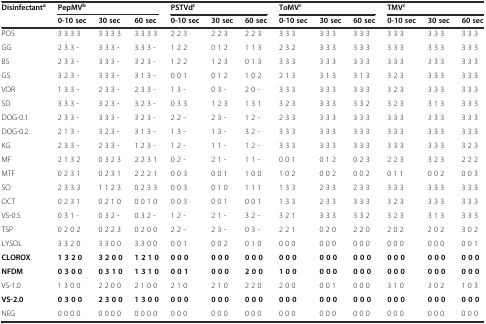
<table><thead><tr><td rowspan="2"><b>Disinfectant<sup>a</sup></b></td><td colspan="3"><b>PepMV<sup>b</sup></b></td><td colspan="3"><b>PSTVd<sup>c</sup></b></td><td colspan="3"><b>ToMV<sup>c</sup></b></td><td colspan="3"><b>TMV<sup>c</sup></b></td></tr><tr><td><b>0-10 sec</b></td><td><b>30 sec</b></td><td><b>60 sec</b></td><td><b>0-10 sec</b></td><td><b>30 sec</b></td><td><b>60 sec</b></td><td><b>0-10 sec</b></td><td><b>30 sec</b></td><td><b>60 sec</b></td><td><b>0-10 sec</b></td><td><b>30 sec</b></td><td><b>60 sec</b></td></tr></thead><tbody><tr><td>POS</td><td>3 3 3 3</td><td>3 3 3 3</td><td>3 3 3 3</td><td>2 2 3</td><td>2 2 3</td><td>2 2 3</td><td>3 3 3</td><td>3 3 3</td><td>3 3 3</td><td>3 3 3</td><td>3 3 3</td><td>3 3 3</td></tr><tr><td>GG</td><td>2 3 3 -</td><td>3 3 3 -</td><td>3 3 3 -</td><td>1 2 2</td><td>0 1 2</td><td>1 1 3</td><td>2 3 2</td><td>3 3 3</td><td>3 3 3</td><td>3 3 3</td><td>3 3 3</td><td>3 3 3</td></tr><tr><td>BS</td><td>2 3 3 -</td><td>3 3 3 -</td><td>3 2 3 -</td><td>1 2 2</td><td>1 2 3</td><td>0 1 3</td><td>3 3 3</td><td>3 3 3</td><td>3 3 3</td><td>3 3 3</td><td>3 3 3</td><td>3 3 3</td></tr><tr><td>GS</td><td>3 2 3 -</td><td>3 3 3 -</td><td>3 1 3 -</td><td>0 0 1</td><td>0 1 2</td><td>1 0 2</td><td>2 1 3</td><td>3 1 3</td><td>3 1 3</td><td>3 2 3</td><td>3 3 3</td><td>3 3 3</td></tr><tr><td>VOR</td><td>1 3 3 -</td><td>2 3 3 -</td><td>2 3 3 -</td><td>1 3 -</td><td>0 3 -</td><td>2 0 -</td><td>3 3 3</td><td>3 3 3</td><td>3 3 3</td><td>3 2 3</td><td>3 3 3</td><td>3 3 3</td></tr><tr><td>SD</td><td>3 3 3 -</td><td>3 2 3 -</td><td>3 2 3 -</td><td>0 3 3</td><td>1 2 3</td><td>1 3 1</td><td>3 2 3</td><td>3 3 3</td><td>3 3 2</td><td>3 2 3</td><td>3 1 3</td><td>3 3 3</td></tr><tr><td>DOG-0.1</td><td>2 3 3 -</td><td>3 3 3 -</td><td>3 2 3 -</td><td>2 2 -</td><td>2 3 -</td><td>1 2 -</td><td>2 3 3</td><td>3 3 3</td><td>3 3 3</td><td>3 3 3</td><td>3 3 3</td><td>3 3 3</td></tr><tr><td>DOG-0.2</td><td>2 1 3 -</td><td>3 2 3 -</td><td>3 1 3 -</td><td>1 3 -</td><td>1 3 -</td><td>3 2 -</td><td>3 3 3</td><td>3 3 3</td><td>3 3 3</td><td>3 3 3</td><td>3 3 3</td><td>3 3 3</td></tr><tr><td>KG</td><td>2 3 3 -</td><td>2 3 3 -</td><td>1 2 3 -</td><td>1 2 -</td><td>1 1 -</td><td>1 2 -</td><td>3 3 3</td><td>3 3 3</td><td>3 3 3</td><td>3 3 3</td><td>3 3 3</td><td>3 2 3</td></tr><tr><td>MF</td><td>2 1 3 2</td><td>0 3 2 3</td><td>2 2 3 1</td><td>0 2 -</td><td>2 1 -</td><td>1 1 -</td><td>0 0 1</td><td>0 1 2</td><td>0 2 3</td><td>2 2 3</td><td>3 2 3</td><td>2 2 2</td></tr><tr><td>MTF</td><td>0 2 3 1</td><td>0 2 3 1</td><td>2 2 2 1</td><td>0 0 3</td><td>0 0 1</td><td>1 0 0</td><td>1 0 2</td><td>0 0 2</td><td>0 0 2</td><td>0 1 1</td><td>0 0 2</td><td>0 0 3</td></tr><tr><td>SO</td><td>2 3 3 3</td><td>1 1 2 3</td><td>0 2 3 3</td><td>0 0 3</td><td>0 1 0</td><td>1 1 1</td><td>1 3 3</td><td>2 3 3</td><td>2 3 3</td><td>3 3 3</td><td>3 3 3</td><td>3 3 3</td></tr><tr><td>OCT</td><td>0 2 3 1</td><td>0 2 1 0</td><td>0 0 1 0</td><td>0 0 3</td><td>0 0 1</td><td>0 0 1</td><td>1 3 3</td><td>2 3 3</td><td>3 3 3</td><td>3 2 3</td><td>3 3 3</td><td>3 3 3</td></tr><tr><td>VS-0.5</td><td>0 3 1 -</td><td>0 3 2 -</td><td>0 3 2 -</td><td>1 2 -</td><td>2 1 -</td><td>3 2 -</td><td>3 2 1</td><td>3 3 3</td><td>3 3 2</td><td>3 2 3</td><td>3 1 3</td><td>3 3 3</td></tr><tr><td>TSP</td><td>0 2 0 2</td><td>0 2 2 3</td><td>0 2 0 0</td><td>2 2 -</td><td>2 3 -</td><td>0 3 -</td><td>2 2 1</td><td>0 2 0</td><td>2 2 0</td><td>2 0 2</td><td>2 0 2</td><td>3 0 2</td></tr><tr><td>LYSOL</td><td>3 3 2 0</td><td>3 3 0 0</td><td>3 3 0 0</td><td>0 0 1</td><td>0 0 2</td><td>0 1 0</td><td>0 0 0</td><td>0 0 0</td><td>0 0 0</td><td>0 0 0</td><td>0 0 0</td><td>0 0 1</td></tr><tr><td><b>CLOROX</b></td><td><b>1 3 2 0</b></td><td><b>3 2 0 0</b></td><td><b>1 2 1 0</b></td><td><b>0 0 0</b></td><td><b>0 0 0</b></td><td><b>0 0 0</b></td><td><b>0 0 0</b></td><td><b>0 0 0</b></td><td><b>0 0 0</b></td><td><b>0 0 0</b></td><td><b>0 0 0</b></td><td><b>0 0 0</b></td></tr><tr><td><b>NFDM</b></td><td><b>0 3 0 0</b></td><td><b>0 3 1 0</b></td><td><b>1 3 1 0</b></td><td><b>0 0 1</b></td><td><b>0 0 0</b></td><td><b>2 0 0</b></td><td><b>1 0 0</b></td><td><b>0 0 0</b></td><td><b>0 0 0</b></td><td><b>0 0 0</b></td><td><b>0 0 0</b></td><td><b>0 0 0</b></td></tr><tr><td>VS-1.0</td><td>1 3 0 0</td><td>2 2 0 0</td><td>2 1 0 0</td><td>2 1 0</td><td>2 1 0</td><td>2 2 0</td><td>2 0 0</td><td>0 0 1</td><td>0 0 0</td><td>3 1 0</td><td>3 0 2</td><td>1 0 3</td></tr><tr><td><b>VS-2.0</b></td><td><b>0 3 0 0</b></td><td><b>2 3 0 0</b></td><td><b>1 3 0 0</b></td><td><b>0 0 0</b></td><td><b>0 0 0</b></td><td><b>0 0 0</b></td><td><b>0 0 0</b></td><td><b>0 0 0</b></td><td><b>0 0 0</b></td><td><b>0 0 0</b></td><td><b>0 0 0</b></td><td><b>0 0 0</b></td></tr><tr><td>NEG</td><td>0 0 0 0</td><td>0 0 0 0</td><td>0 0 0 0</td><td>0 0 0</td><td>0 0 0</td><td>0 0 0</td><td>0 0 0</td><td>0 0 0</td><td>0 0 0</td><td>0 0 0</td><td>0 0 0</td><td>0 0 0</td></tr></tbody></table>